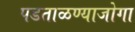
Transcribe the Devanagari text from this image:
पडताळण्याजोगा